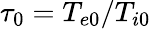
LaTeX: \tau_{0}=T_{e0}/T_{i0}